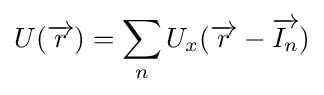
U({\overrightarrow {r}})=\sum _{n}U_{x}({\overrightarrow {r}}-{\overrightarrow {I_{n}}})